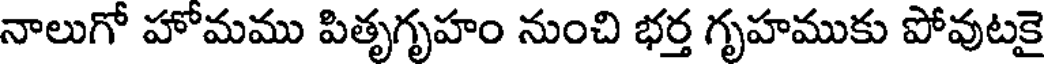
నాలుగో హోమము పితృగృహం నుంచి భర్త గృహముకు పోవుటకై